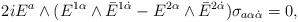
LaTeX: \begin{align*}2 i E^{a}\wedge (E^{1\alpha}\wedge\bar{E}^{1 \dot{\alpha}}- E^{2\alpha}\wedge\bar{E}^{2\dot{\alpha}})\sigma_{a\alpha\dot{\alpha}}=0,\qquad\end{align*}